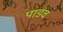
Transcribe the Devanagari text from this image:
पाडंव